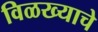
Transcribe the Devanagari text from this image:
विळख्याचे